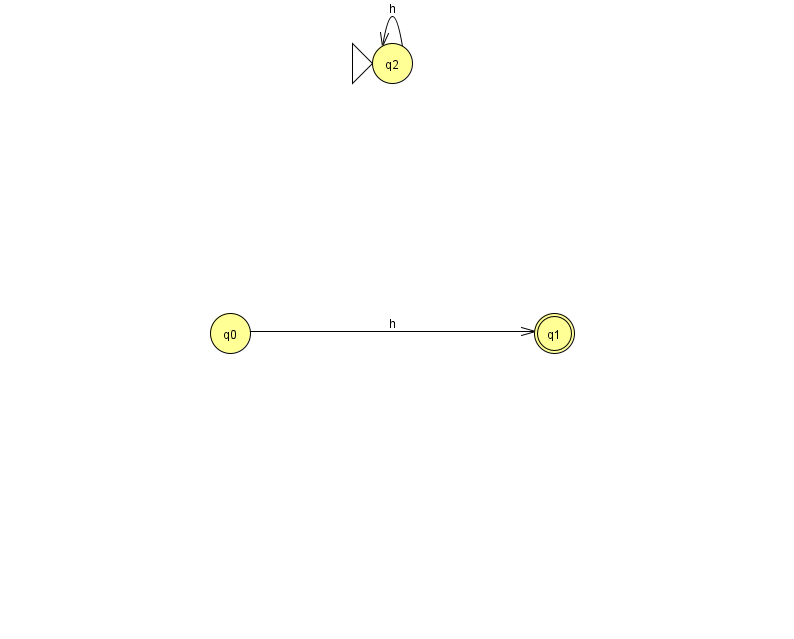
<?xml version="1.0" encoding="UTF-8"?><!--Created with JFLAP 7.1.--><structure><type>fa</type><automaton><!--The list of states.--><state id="0" name="q0"><x>230.0</x><y>320.0</y></state><state id="1" name="q1"><x>554.0</x><y>320.0</y><final/></state><state id="2" name="q2"><x>392.0</x><y>50.0</y><initial/></state><!--The list of transitions.--><transition><from>2</from><to>2</to><read>h</read></transition><transition><from>0</from><to>1</to><read>h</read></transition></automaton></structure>